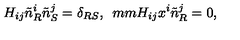
H _ { i j } \tilde { n } _ { R } ^ { i } \tilde { n } _ { S } ^ { j } = \delta _ { R S } , \hspace * { 5 m m } H _ { i j } x ^ { i } \tilde { n } _ { R } ^ { j } = 0 ,